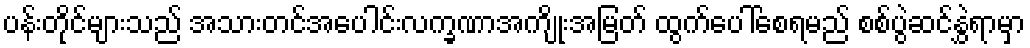
ပန်းတိုင်များသည် အသားတင်အပေါင်းလက္ခဏာအကျိုးအမြတ် ထွက်ပေါ်စေရမည် စစ်ပွဲဆင်နွှဲရာမှာ